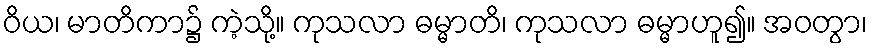
ဝိယ၊ မာတိကာ၌ ကဲ့သို့။ ကုသလာ ဓမ္မာတိ၊ ကုသလာ ဓမ္မာဟူ၍။ အဝတွာ၊